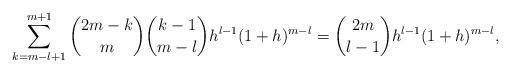
LaTeX: \begin{align*}\sum_{k=m-l+1}^{m+1}\binom{2m-k}{m}\binom{k-1}{m-l}h^{l-1}(1+h)^{m-l}&=\binom{2m}{l-1}h^{l-1}(1+h)^{m-l},\end{align*}